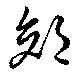
郊